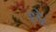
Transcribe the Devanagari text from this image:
हट्टे